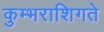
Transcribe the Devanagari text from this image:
कुम्भराशिगते